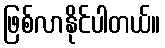
ဖြစ်လာနိုင်ပါတယ်။